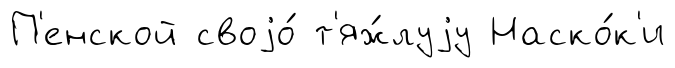
П'енской своjо́ т'яж́луjу Наско́к'и